Medical and sanitary report of the native army of Bengal for the year
Year: 1878
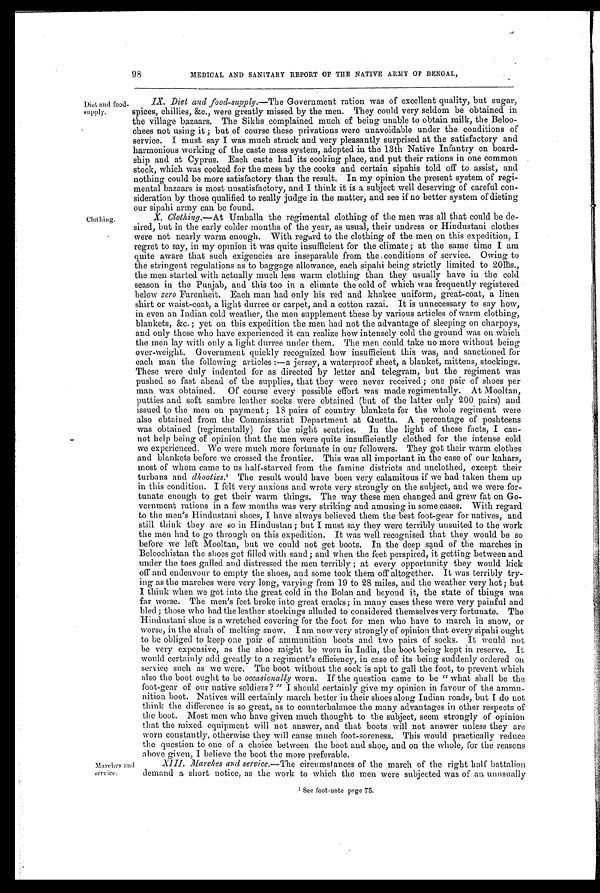
98
MEDICAL AND SANITARY REPORT OF THE NATIVE ARMY OF BENGAL,
Diet and food
-supply.
IX. Diet and food-supply.—The Government ration was of excellent quality, but sugar,
spices, chillies, &c., were greatly missed by the men. They could very seldom be obtained in
the village bazaars. The Sikhs complained much of being unable to obtain milk, the Beloo
- c h e e s n o t u s i n g i t ; b u t o f c o u r s e t h e s e p r i v a t i o n s w e r e u n a v o i d a b l e u n d e r t h e c o n d i t i o n s o f
service. I must say I was much struck and very pleasantly surprised at the satisfactory and
harmonious working of the caste mess system, adopted in the 13th Native Infantry on board-
ship and at Cyprus. Each caste had its cooking place, and put their rations in one common
stock, which was cooked for the mess by the cooks and certain sipahis told off to assist, and
nothing could be more satisfactory than the result. In my opinion the present system of regi-
mental bazaars is most unsatisfactory, and I think it is a subject well deserving of careful con-
sideration by those qualified to really judge in the matter, and see if no better system of dieting
o u r s i p a h i a r m y c a n b e f o u n d .
Clothing.
Marches
and service.
X. Clothing.— A t
Umballa the regimental clothing of the men was all that could be de
- s i r e d , b u t i n t h e e a r l y c o l d e r m o n t h s o f t h e y e a r , a s u s u a l , t h e i r u n d r e s s o r H i n d u s t a n i c l o t h e s
were not nearly warm enough. With regard to the clothing of the men on this expedition, I
regret to say, in my opinion it was quite insufficient for the climate; at the same time I am
quite aware that such exigencies are inseparable from the conditions of service. Owing to
the stringent regulations as to baggage allowance, each sipahi being strictly limited to 20 Њs.,
the men started with actually much less warm clothing than they usually have in the cold
season in the Punjab, and this too in a climate the cold of which was frequently registered
below zero Farenheit. Each man had only his red and khakee uniform, great-coat, a linen
shirt or waist-coat, a light durree or carpet, and a cotton razai. It is unnecessary to say how,
in even an Indian cold weather, the men supplement these by various articles of warm clothing,
blankets, &c. ; yet on this expedition the men had not the advantage of sleeping on charpoys,
and only those who have experienced it can realize how intensely cold the ground was on which
the men lay with only a light durree under them. The men could take no more without being
over-weight. Government quickly recognized how insufficient this was, and sanctioned for
each man the following articles :—a jersey, a waterproof sheet, a blanket, mittens, stockings.
These were duly indented for as directed by letter and telegram, but the regiment was
pushed so fast ahead of the supplies, that they were never received ; one pair of shoes per
man was obtained. Of course every possible effort was made regimentally. At Mooltan,
putties and soft Sambre leather socks were obtained (but of the latter only 200 pairs) and
issued to the men on payment ; 18 pairs of country blankets for the whole regiment were
also obtained from the Commissariat Department at Quetta. A percentage of poshteens
was obtained (regimentally) for the night sentries. In the light of these facts, I ca
n - n o t h e l p b e i n g o f o p i n i o n t h a t t h e m e n w e r e q u i t e i n s u f f i c i e n t l y c l o t h e d f o r t h e i n t e n s e c o l d
we experienced. We were much more fortunate in our followers. They got their warm clothes
and blankets before we crossed the frontier. This was all important in the case of our kahars,
most of whom came to us half-starved from the famine districts and unclothed, except their
turbans and dhooties.¹ The result would have been very calamitous if we had taken them up
in this condition. I felt very anxious and wrote very strongly on the subject, and we were for
-tunate enough to get their warm things. The way these men changed and grew fat on Go
-vernment rations in a few months was very striking and amusing in some cases. With regard
to the men's Hindustani shoes, I have always believed them the best foot-gear for natives, and
still think they are so in Hindustan ; but I must say they were terribly unsuited to the work
the men had to go through on this expedition. It was well recognised that they would be so
before we left Mooltan, but we could not get boots. In the deep sand of the marches in
Beloochistan the shoes got filled with sand; and when the feet perspired, it getting between and
under the toes galled and distressed the men terribly ; at every opportunity they would kick
off and endeavour to empty the shoes, and some took them off altogether. It was terribly try
-ing as the marches were very long, varying from 19 to 28 miles, and the weather very hot; but
I think when we got into the great cold in the Bolan and beyond it, the state of things was
far worse. The men's feet broke into great cracks; in many cases these were very painful and
bled ; those who had the leather stockings alluded to considered themselves very fortunate. The
Hindustani shoe is a wretched covering for the foot for men who have to march in snow, or
worse, in the slush of melting snow. I am now very strongly of opinion that every sipahi ought
to be obliged to keep one pair of ammunition boots and two pairs of socks. It would not
be very expensive, as the shoe might be worn in India, the boot being kept in reserve. It
would certainly add greatly to a regiment's efficiency, in case of its being suddenly ordered on
service such as we were. The boot without the sock is apt to gall the foot, to prevent which
also the boot ought to be occasionally worn. If the question came to be 'what shall be the
foot-gear of our native soldiers ?" I should certainly give my opinion in favour of the ammu
-nition boot. Natives will certainly march better in their shoes along Indian roads, but I do not
think the difference is so great, as to counterbalance the many advantages in other respects of
the boot. Most men who have given much thought to the subject, seem strongly of opinion
that the mixed equipment will not answer, and that boots will not answer unless they are
worn constantly, otherwise they will cause much foot-soreness. This would practically reduce
the question to one of a choice between the boot and shoe, and on the whole, for the reasons
above given, I believe the boot the more preferable.
XIII. Marches and service. —The circumstances of the march of the right half battalion
demand a short notice, as the work to which the men were subjected was of an unusually
1 See foot-note page 75.